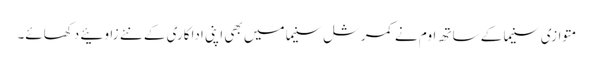
متوازی سنیما کے ساتھ اوم نے کمرشل سنیما میں بھی اپنی اداکاری کے نئے زاوئیے دکھائے۔